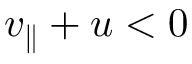
v _ { \parallel } + u < 0